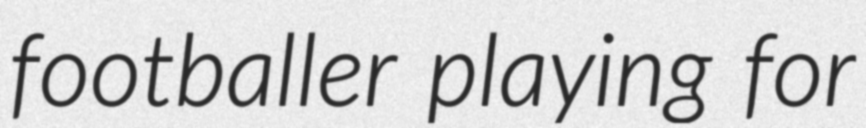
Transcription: footballer playing for